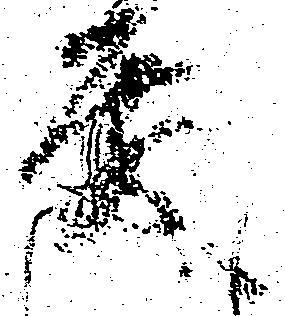
殿